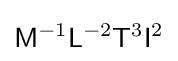
{\mathsf {M}}^{-1}{\mathsf {L}}^{-2}{\mathsf {T}}^{3}{\mathsf {I}}^{2}